Vaccination in Bombay 1863-1868 - 1863-1868
Year: 1863
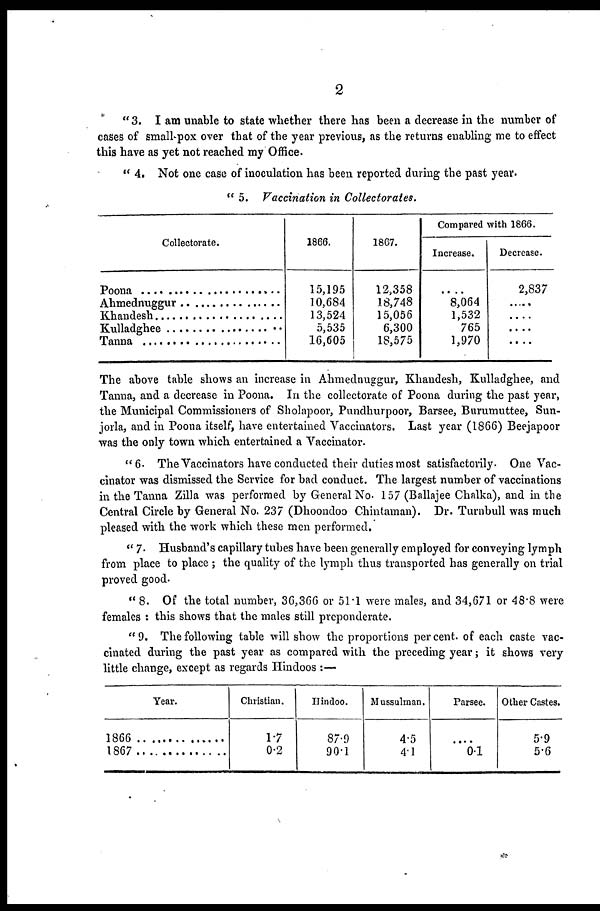
2
" 3. I am unable to state whether there has been a decrease in the number of
cases of small-pox over that of the year previous, as the returns enabling me to effect
this have as yet not reached my Office.
" 4. Not one case of inoculation has been reported during the past year.
" 5. Vaccination in Collectorates.
Collectorate.
Poona .......................
Ahmednuggur ..........
Khandesh .................
Kulladghee ..............
Tanna .......................
1866.
15,195
10,684
13,524
5,535
16,605
1867.
12,358
18,748
15,056
6,300
18,575
Compared with 1866.
Increase.
....
8,064
1,532
765
1,970
Decrease.
2,837
....
....
....
....
The above table shows an increase in Ahmednuggur, Khandesh, Kulladghee, and
Tanna, and a decrease in Poona. In the collectorate of Poona during the past year,
the Municipal Commissioners of Sholapoor, Pundhurpoor, Barsee, Burumuttee, Sun-
jorla, and in Poona itself, have entertained Vaccinators. Last year (1866) Beejapoor
was the only town which entertained a Vaccinator.
"6. The Vaccinators have conducted their duties most satisfactorily. One Vac-
cinator was dismissed the Service for bad conduct. The largest number of vaccinations
in the Tanna Zilla was performed by General No. 157 (Ballajee Chalka), and in the
Central Circle by General No. 237 (Dhoondoo Chintaman). Dr. Turnbull was much
pleased with the work which these men performed.
" 7. Husband's capillary tubes have been generally employed for conveying lymph
from place to place ; the quality of the lymph thus transported has generally on trial
proved good.
" 8. Of the total number, 36,366 or 51.1 were males, and 34,671 or 48.8 were
females : this shows that the males still preponderate.
"9. The following table will show the proportions percent. of each caste vac-
cinated during the past year as compared with the preceding year; it shows very
little change, except as regards Hindoos :—
Year.
1866 ..............
1867 ..............
Christian.
1.7
0.2
Hindoo.
87.9
90.1
Mussulman.
4.5
4.1
Parsee.
....
01
Other Castes.
5.9
5.6